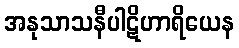
အနုသာသနီပါဋိဟာရိယေန